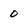
Character: 0